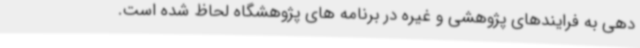
دهی به فرایندهای پژوهشی و غیره در برنامه های پژوهشگاه لحاظ شده است.